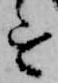
を